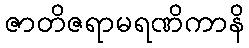
ဇာတိဇရာမရဏိကာနိ